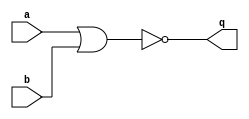
/*
NOR
a	b	q
0	0	1
0	1	0
1	0	0
1	1	0
*/

module NOR (a, b, q);
	input a;
	input b;
	output q;

	assign q = ~(a | b);
	//nor (a,b,q);



endmodule